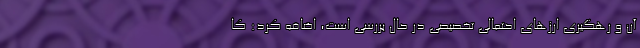
آن و رهگیری ارزهای احتمالی تخصیصی در حال بررسی است، اضافه کرد: کا